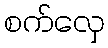
စက်လှေ